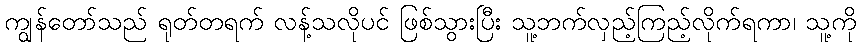
ကျွန်တော်သည် ရုတ်တရက် လန့်သလိုပင် ဖြစ်သွားပြီး သူ့ဘက်လှည့်ကြည့်လိုက်ရကာ၊ သူ့ကို